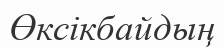
Өксікбайдың